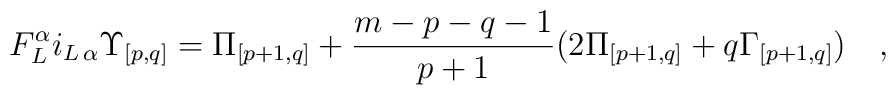
F_L^\alpha i_{L\,\alpha} {\Upsilon}_{{[p,q]}} = {\Pi}_{[p+1,q]} +{m-p-q-1\over p+1} ( 2 {\Pi}_{[p+1,q]} + q {\Gamma}_{[p+1,q]} )\quad,